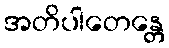
အတိပါတေန္တေ